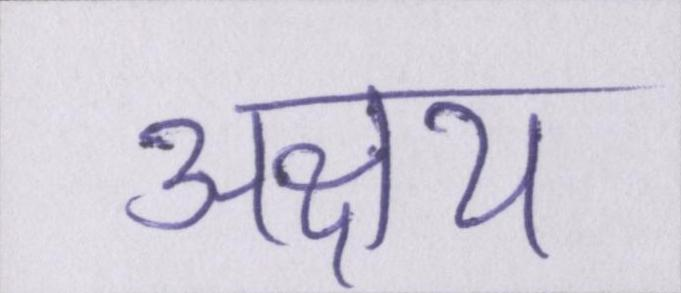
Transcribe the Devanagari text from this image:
अक्षय